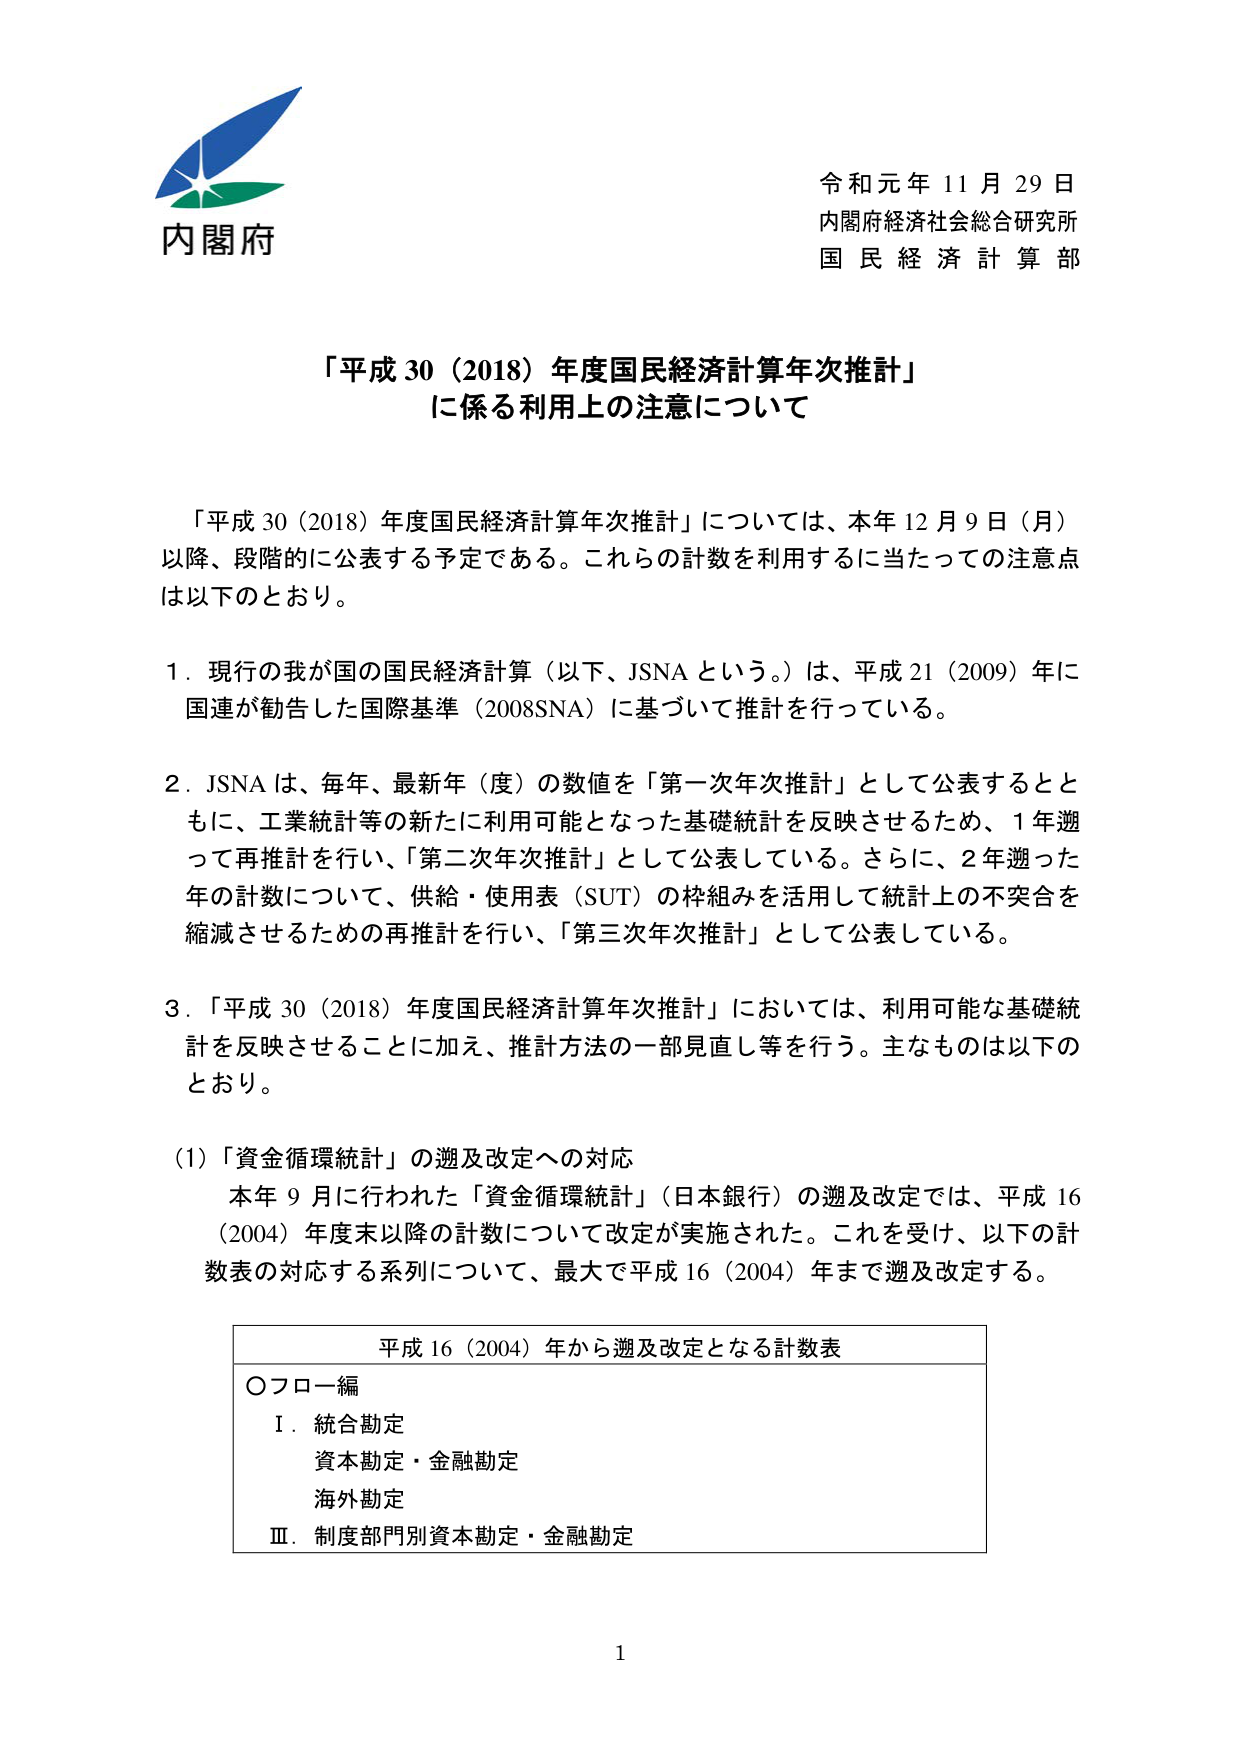
内閣府
令和元年11月29日
内閣府経済社会総合研究所
国民経済計算部

「平成30（2018）年度国民経済計算年次推計」
に係る利用上の注意について

「平成30（2018）年度国民経済計算年次推計」については、本年12月9日（月）以降、段階的に公表する予定である。これらの計数を利用するに当たっての注意点は以下のとおり。

1．現行の我が国の国民経済計算（以下、JSNAという。）は、平成21（2009）年に国連が勧告した国際基準（2008SNA）に基づいて推計を行っている。

2．JSNAは、毎年、最新年（度）の数値を「第一次年次推計」として公表するとともに、工業統計等の新たに利用可能となった基礎統計を反映させるため、1年遡って再推計を行い、「第二次年次推計」として公表している。さらに、2年遡った年の計数について、供給・使用表（SUT）の枠組みを活用して統計上の不突合を縮減させるための再推計を行い、「第三次年次推計」として公表している。

3．「平成30（2018）年度国民経済計算年次推計」においては、利用可能な基礎統計を反映させることに加え、推計方法の一部見直し等を行う。主なものは以下のとおり。

（1）「資金循環統計」の遡及改定への対応
本年9月に行われた「資金循環統計」（日本銀行）の遡及改定では、平成16（2004）年度末以降の計数について改定が実施された。これを受けて、以下の計数表の対応する系列について、最大で平成16（2004）年まで遡及改定する。

平成16（2004）年から遡及改定となる計数表
○フロー編
　Ⅰ．統合勘定
　　　資本勘定・金融勘定
　　　海外勘定
　Ⅲ．制度部門別資本勘定・金融勘定

1